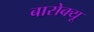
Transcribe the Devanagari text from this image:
बारोक्यू